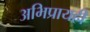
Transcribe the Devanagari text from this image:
अभिप्रायही